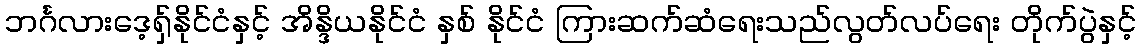
ဘင်္ဂလားဒေ့ရှ်နိုင်ငံနှင့် အိန္ဒိယနိုင်ငံ နှစ် နိုင်ငံ ကြားဆက်ဆံရေးသည်လွတ်လပ်ရေး တိုက်ပွဲနှင့်